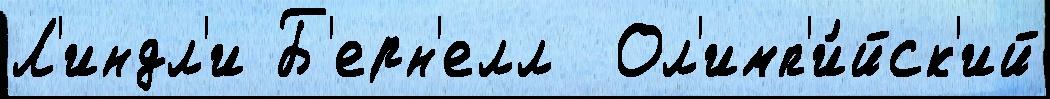
Л'индл'и Б'ерн'елл  Ол'имп'и́йск'ий